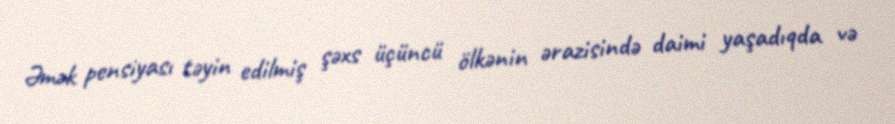
Əmək pensiyası təyin edilmiş şəxs üçüncü ölkənin ərazisində daimi yaşadıqda və